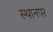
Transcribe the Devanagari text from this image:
स्‍थानपर